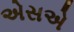
એસએ